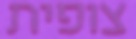
צופית